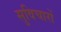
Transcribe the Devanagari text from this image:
सुविचारों